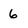
Character: 6